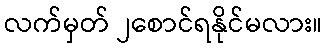
လက်မှတ် ၂စောင်ရနိုင်မလား။